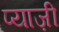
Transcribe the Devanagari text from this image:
प्याज़ी